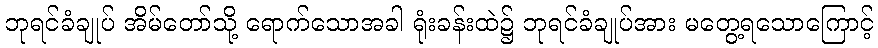
ဘုရင်ခံချုပ် အိမ်တော်သို့ ရောက်သောအခါ ရုံးခန်းထဲ၌ ဘုရင်ခံချုပ်အား မတွေ့ရသောကြောင့်